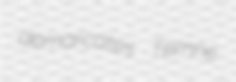
demarcates Temne